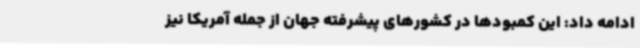
ادامه داد: این کمبودها در کشورهای پیشرفته جهان از جمله آمریکا نیز